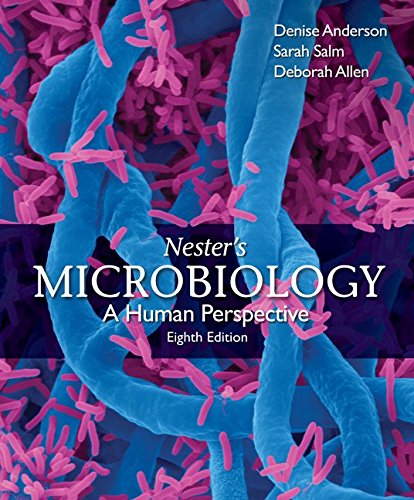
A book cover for Nester's Microbiology: A Human Perspective; Denise Anderson; Medical Books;